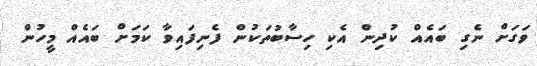
ވަގަށް ނެގި ބައެއް ކުދިން އެކި ހިސާބުތަކުން ފެނިފައިވާ ކަމަށް ބައެއް މީހުން